Problem: 5 × 3 = ?
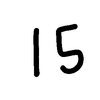
Handwritten answer: 15